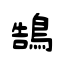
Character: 鵠